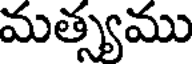
మత్స్యము